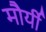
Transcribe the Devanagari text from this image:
मौर्यी